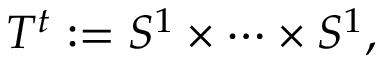
T ^ { t } : = S ^ { 1 } \times \cdots \times S ^ { 1 } ,